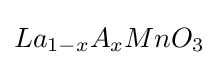
La_{1-x}A_{x}MnO_{3}